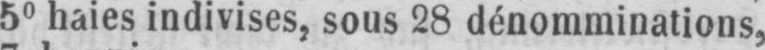
5° haies indivises, sous 28 dénomminations,